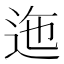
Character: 迤